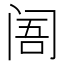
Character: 𲈽